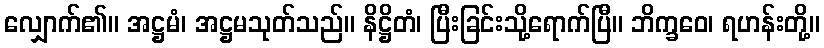
လျှောက်၏။ အဋ္ဌမံ၊ အဋ္ဌမသုတ်သည်။ နိဋ္ဌိတံ၊ ပြီးခြင်းသို့ရောက်ပြီ။ ဘိက္ခဝေ၊ ရဟန်းတို့။